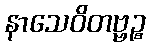
နာသေဝိတဗ္ဗဉ္စ